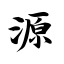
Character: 源